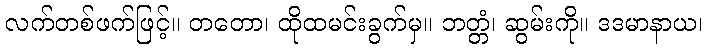
လက်တစ်ဖက်ဖြင့်။ တတော၊ ထိုထမင်းခွက်မှ။ ဘတ္တံ၊ ဆွမ်းကို။ ဒဒမာနာယ၊